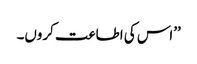
’’اس کی اطاعت کروں۔